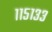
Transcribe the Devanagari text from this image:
११५१३३